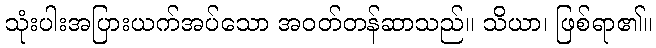
သုံးပါးအပြားယက်အပ်သော အဝတ်တန်ဆာသည်။ သိယာ၊ ဖြစ်ရာ၏။